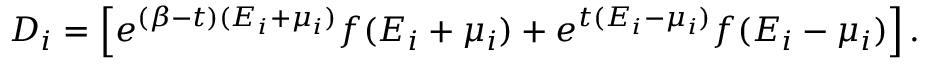
D _ { i } = \left[ e ^ { ( \beta - t ) ( E _ { i } + \mu _ { i } ) } f ( E _ { i } + \mu _ { i } ) + e ^ { t ( E _ { i } - \mu _ { i } ) } f ( E _ { i } - \mu _ { i } ) \right] .